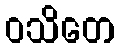
ဝသိတေ